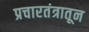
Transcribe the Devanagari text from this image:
प्रचारतंत्रातून